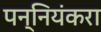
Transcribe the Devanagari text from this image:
पन्नियंकरा